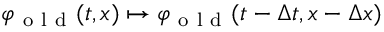
\varphi _ { \mathrm { ~ o ~ l ~ d ~ } } ( t , x ) \mapsto \varphi _ { \mathrm { ~ o ~ l ~ d ~ } } ( t - \Delta t , x - \Delta x )